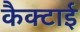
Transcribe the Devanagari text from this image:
कैक्टाई